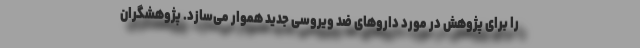
را برای پژوهش در مورد داروهای ضد ویروسی جدید هموار می‌سازد. پژوهشگران